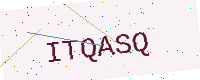
Text: ITQASQ